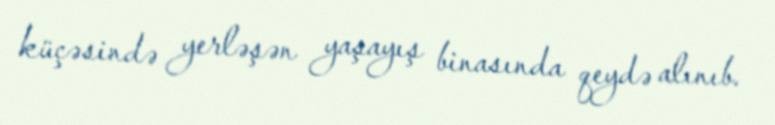
küçəsində yerləşən yaşayış binasında qeydə alınıb.